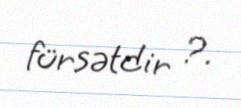
fürsətdir ?.